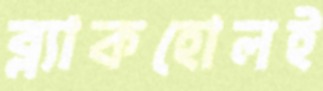
ব্ল্যাকহোলই